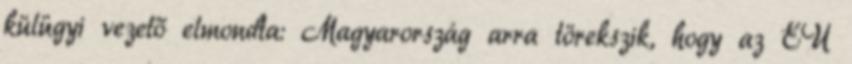
külügyi vezető elmondta: Magyarország arra törekszik, hogy az EU